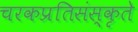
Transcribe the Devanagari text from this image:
चरकप्रतिसंस्कृते